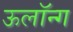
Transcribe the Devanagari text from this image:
ऊलॉन्ग